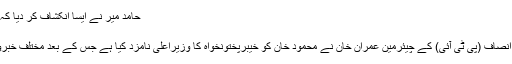
حامد میر نے ایسا انکشاف کر دیا کہ پرویز خٹک بھی حیران پریشان رہ جائیں گے
Aug 09, 2018 | 19:33:PM
لاہور (ڈیلی پاکستان آن لائن) پاکستان تحریک انصاف (پی ٹی آئی) کے چیئرمین عمران خان نے محمود خان کو خیبرپختونخواہ کا وزیراعلیٰ نامزد کیا ہے جس کے بعد مختلف خبروں، تبصروں اور تجزیوں کا سلسلہ جاری ہے۔